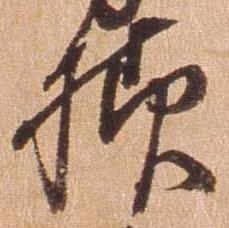
様